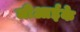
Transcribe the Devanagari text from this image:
जीआईके